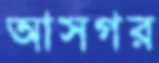
আসগর